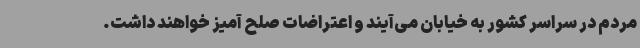
مردم در سراسر کشور به خیابان می‌آیند و اعتراضات صلح آمیز خواهند داشت.